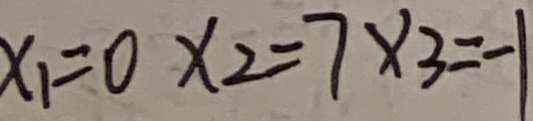
x _ { 1 } = 0 x 2 = 7 x 3 = - 1